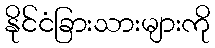
နိုင်ငံခြားသားများကို